Papers set at the Examination for Leaving Certificates, 1892
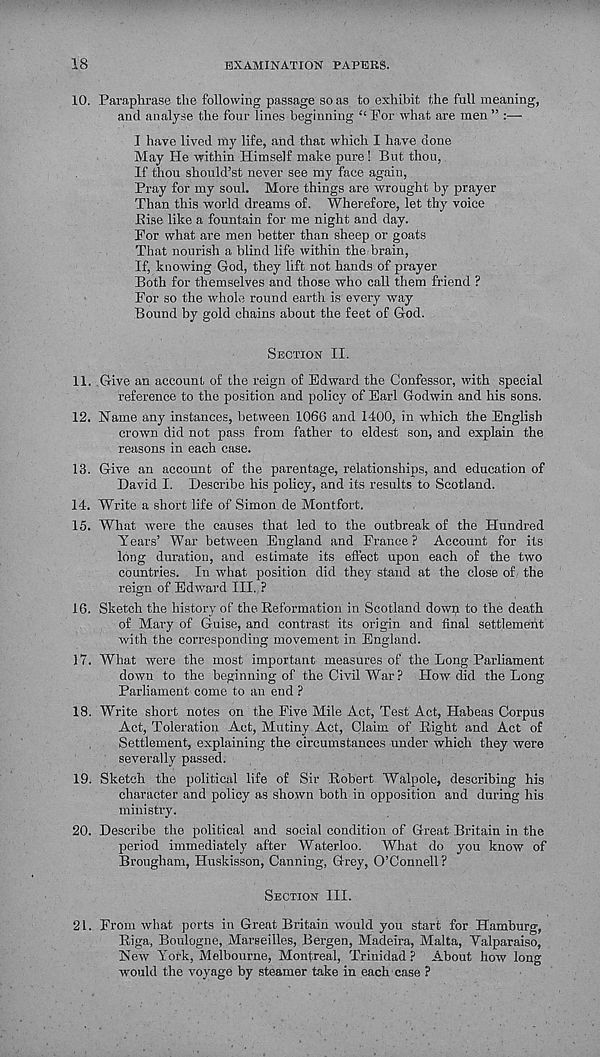
18
EXAMINATION PAPERS.
10. Paraphrase the following passage so as to exhibit the full meaning,
and analyse the four lines beginning “ For what are men ” :—
I have lived my life, and that which I have done
May He within Himself make pure ! But thou,.
If thou should’st never see my face again,
Pray for my soul. More things are wrought by prayer
Than this world dreams of. Wherefore, let thy voice
Pise like a fountain for me night and day.
For what are men better than sheep or goats
That nourish a blind life within the brain,
If, knowing God, they lift not hands of prayer
Both for themselves and those who call them friend ?
For so the whole round earth is every way
Bound by gold chains about the feet of God.
SECTION II.
11. Give an account of the reign of Edward the Confessor, with special
reference to the position and policy of Earl Godwin and his sons.
12. Hame any instances, between 106G and 1400, in which the English
crown did not pass from father to eldest son, and explain the
reasons in each case.
13. Give an account of the parentage, relationships, and education of
David I. Describe his policy, and its results to Scotland.
14. Write a short life of Simon de Montfort.
15. What were the causes that led to the outbreak of the Hundred
Tears’ War between England and France? Account for its
long duration, and estimate its effect upon each of the two
countries. In what position did they stand at the close of the
reign of Edward III. ?
16. Sketch the history of the Reformation in Scotland dowp to the death
of Mary of Guise, and contrast its origin and final settlement
with the corresponding movement in England.
17. What were the most important measures of the Long Parliament
down to the beginning of the Civil War? How did the Long
Parliament come to an end ?
18. Write short notes on the Five Mile Act, Test Act, Habeas Corpus
Act, Toleration Act, Mutiny Act, Claim of Right and Act of
Settlement, explaining the circumstances under which they were
severally passed.
19. Sketch the political life of Sir Robert Walpole, describing his
character and policy as shown both in opposition and during his
ministry.
20. Describe the political and social condition of Great Britain in the
period immediately after Waterloo. What do you know of
Brougham, Huskisson, Canning, Grey, O’Connell?
SECTION III.
21. From what ports in Great Britain would you start for Hamburg,
Riga, Boulogne, Marseilles, Bergen, Madeira, Malta, Yalparaiso,
Hew York, Melbourne, Montreal, Trinidad? About how long
would the voyage by steamer take in each case ?